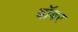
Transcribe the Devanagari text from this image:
बॉबर